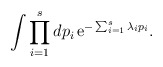
\begin{align*}\int \prod_{i=1}^sdp_i \,{\rm e}^{-\sum_{i=1}^s\lambda_ip_i}.\end{align*}